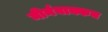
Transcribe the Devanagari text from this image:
मीनंबाक्कम